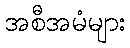
အစီအမံများ